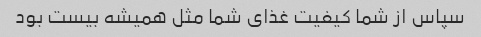
سپاس از شما کیفیت غذای شما مثل همیشه بیست بود